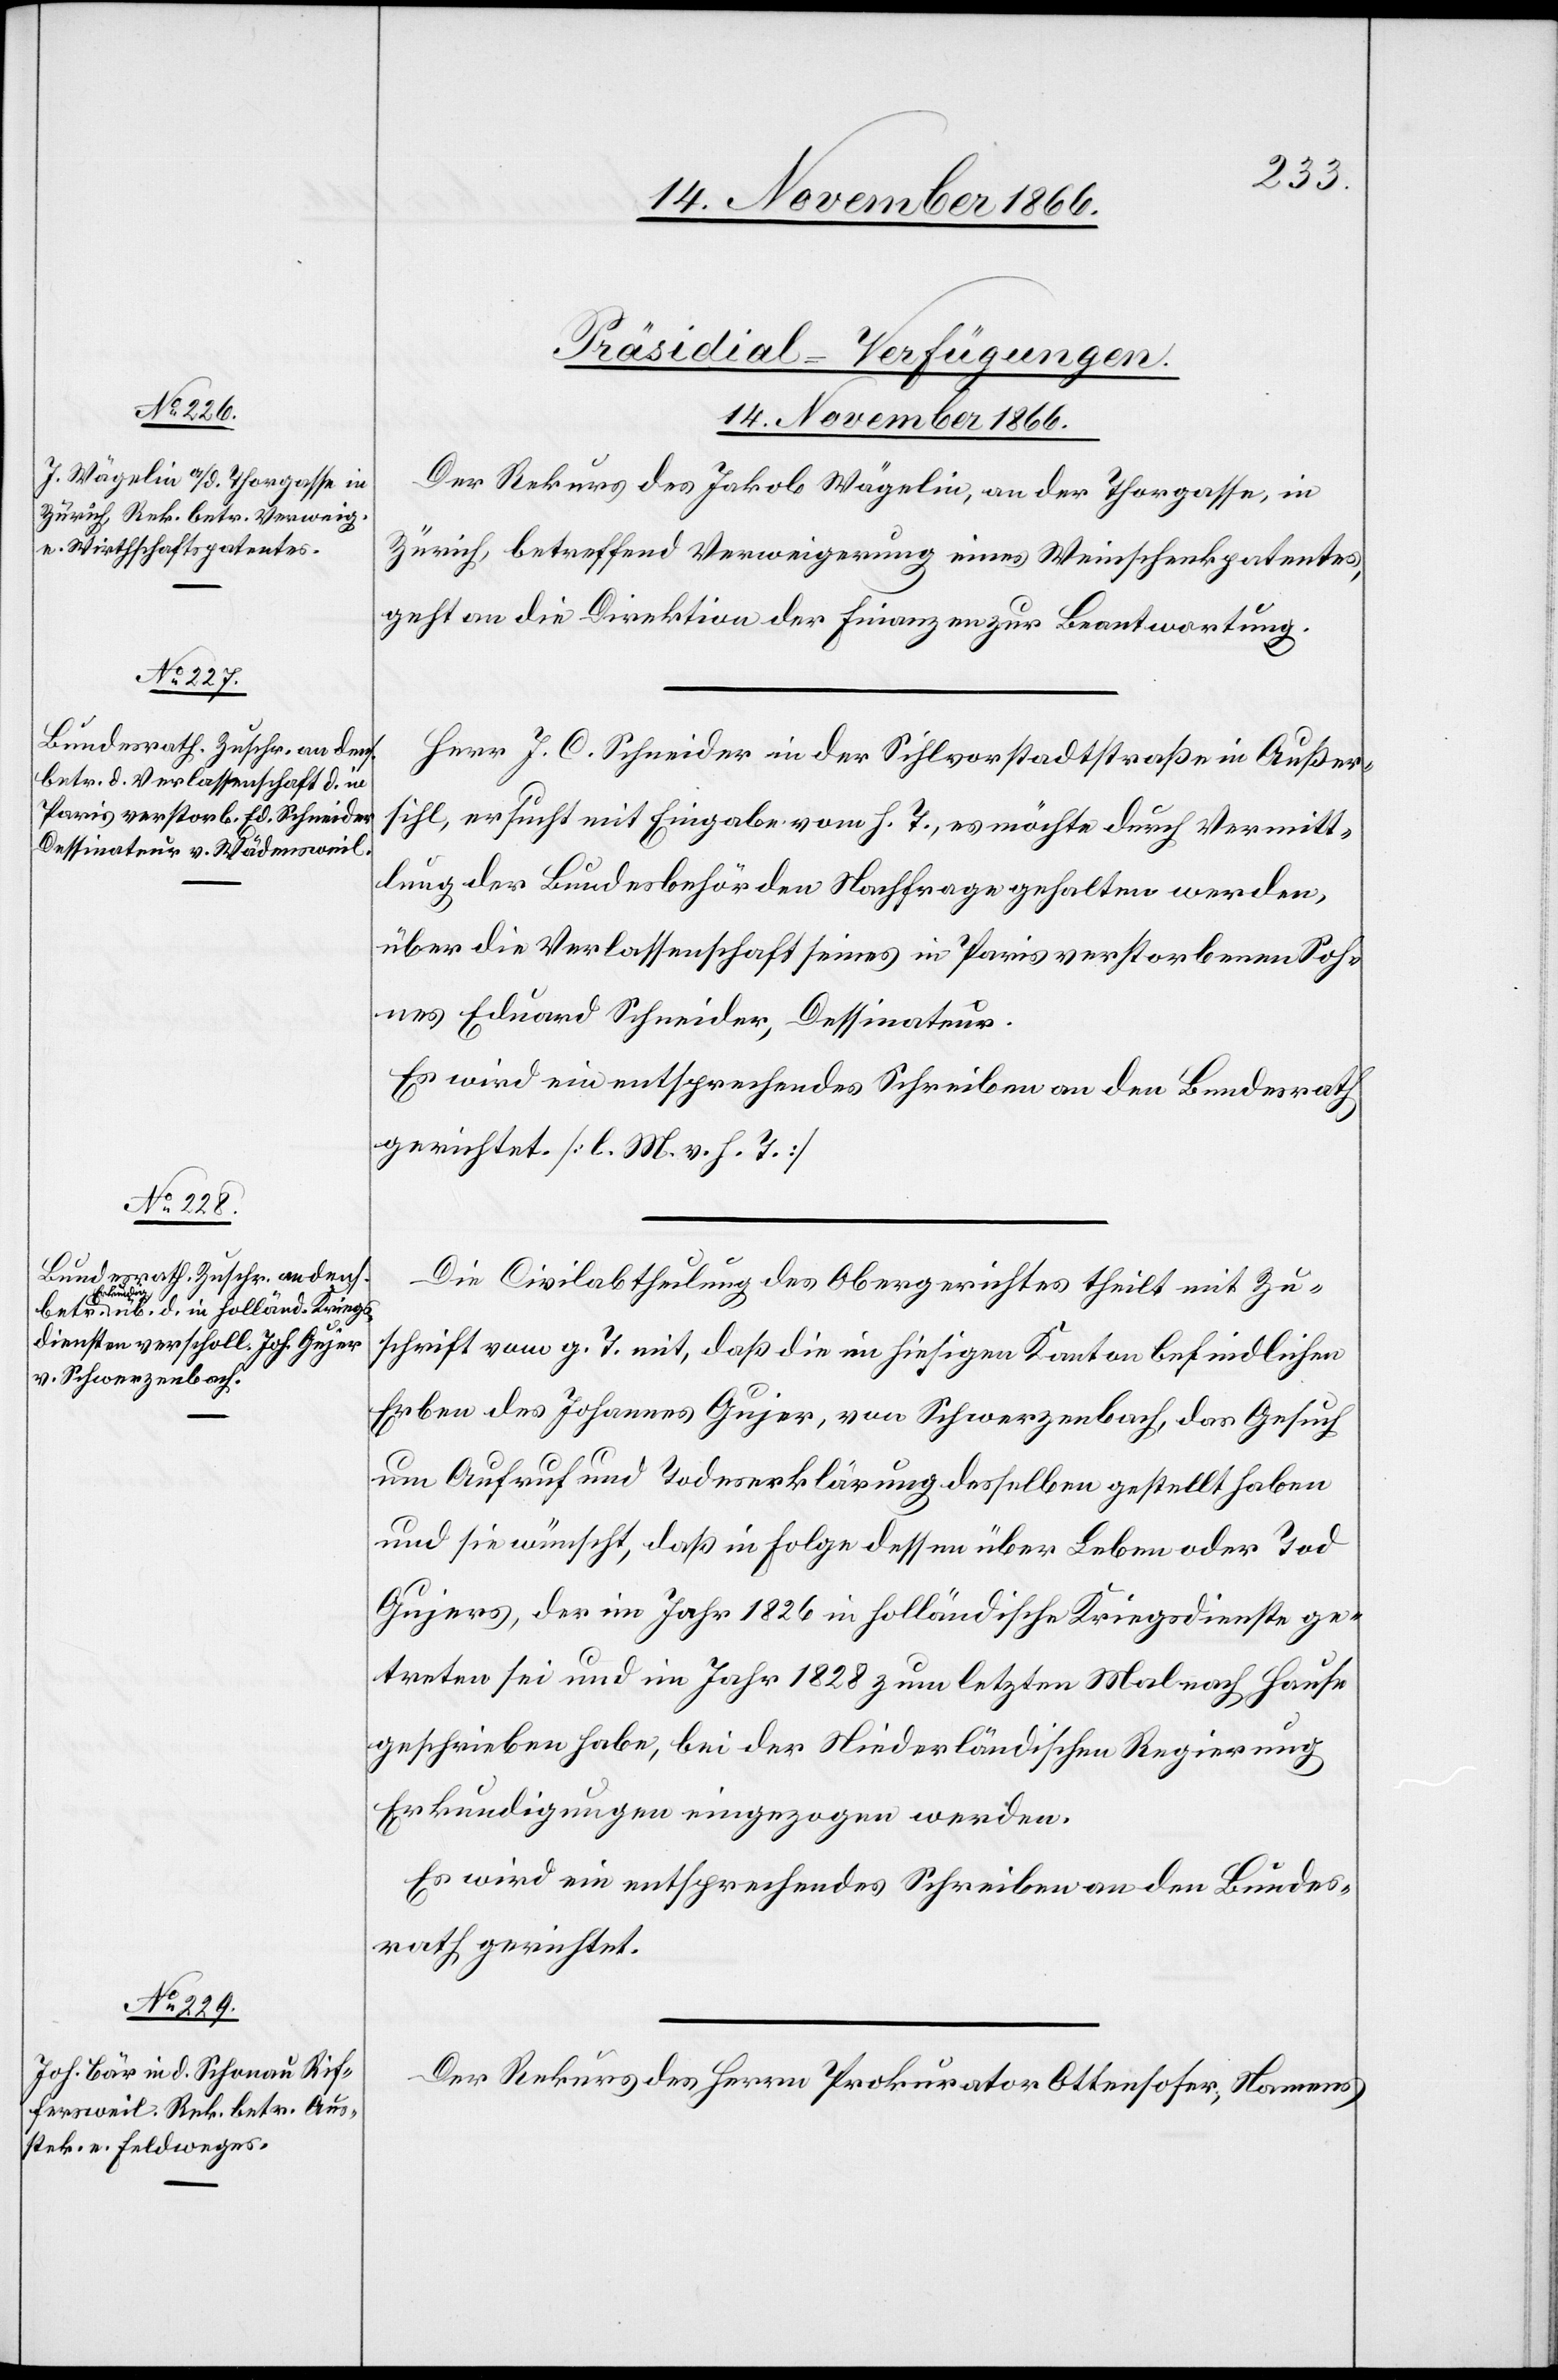
14. November 1866.]
[Präsidial-Verfügungen.
14. November 1866.
Der Rekurs des Jakob Wägelin, an der Thorgasse, in
Zürich, betreffend Verweigerung eines Weinschenkpatentes,
geht an die Direktion der Finanzen zur Beantwortung.
Herr J. C. Schneider in der Sihlvorstadtstraße in Außer¬
sihl, ersucht mit Eingabe vom h. T., es möchte durch Vermitt¬
lung der Bundesbehörden Nachfrage gehalten werden,
über die Verlassenschaft seines in Paris verstorbenen Soh¬
nes Eduard Schneider, Dessinateur.
Es wird ein entsprechendes Schreiben an den Bundesrath
gerichtet. [l. M. v. h. T.]
Die Civilabtheilung des Obergerichtes theilt mit Zu¬
schrift vom g. T. mit, daß die im hiesigen Kanton befindlichen
Erben des Johannes Gujer, von Schwerzenbach, das Gesuch
um Aufruf und Todeserklärung desselben gestellt haben
und sie wünscht, daß in Folge dessen über Leben oder Tod
Gujers, der im Jahr 1826 in holländische Kriegsdienste ge¬
treten sei und im Jahr 1828 zum letzten Mal nach Hause
geschrieben habe, bei der Niederländischen Regierung
Erkundigungen eingezogen werden.
Es wird ein entsprechendes Schreiben an den Bundes¬
rath gerichtet.
Der Rekurs des Herrn Prokurator Ottenhofer, Namens